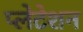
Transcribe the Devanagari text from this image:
प्लेटेशन